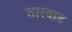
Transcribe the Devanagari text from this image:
तारवाड